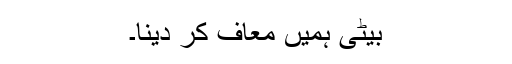
بیٹی ہمیں معاف کر دینا۔